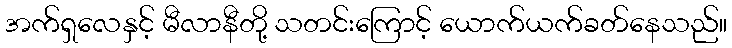
အက်ရှလေနှင့် မီလာနီတို့ သတင်းကြောင့် ယောက်ယက်ခတ်နေသည်။